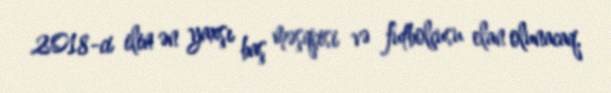
2018-ci ilin ən yaxşı baş məşqçisi və futbolçusu elan olunacaq.